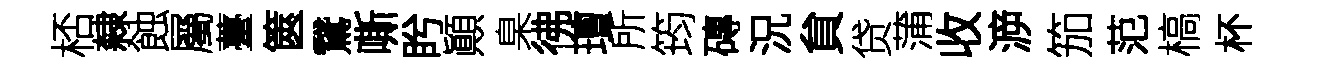
桮隸蝕屬薹篋鵞嘶盻顚臬彿璮所筠磚況貟贷蒲收㴑笳范槁杯